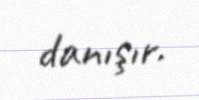
danışır.